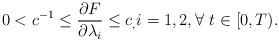
LaTeX: \begin{align*} 0<c^{-1}\leq \frac{\partial F}{\partial \lambda_i}\leq c_,i=1,2,\forall~t\in[0,T).\end{align*}